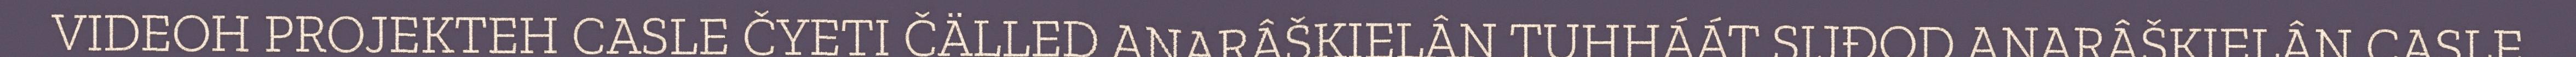
VIDEOH PROJEKTEH CASLE ČYETI ČÄLLED ANARÂŠKIELÂN TUHHÁÁT SIJĐOD ANARÂŠKIELÂN CASLE